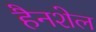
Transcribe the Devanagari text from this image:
हैनशेल